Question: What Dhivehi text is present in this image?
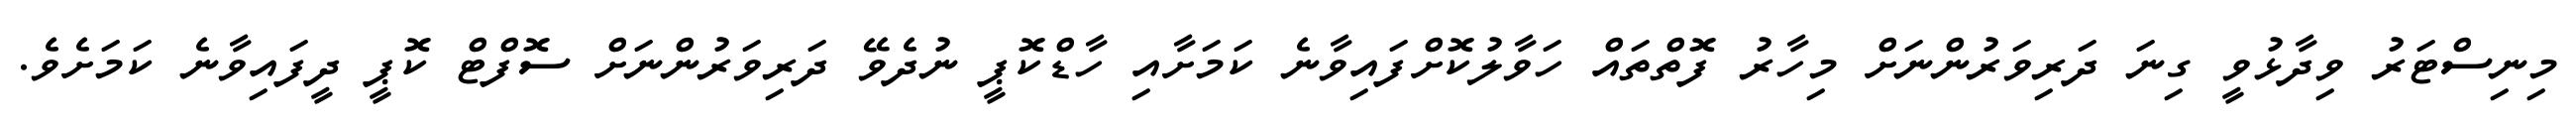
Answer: މިނިސްޓަރު ވިދާޅުވީ ގިނަ ދަރިވަރުންނަށް މިހާރު ފޮތްތައް ހަވާލުކޮށްފައިވާނެ ކަމަށާއި ހާޑްކޮޕީ ނުދެވޭ ދަރިވަރުންނަށް ސޮފްޓް ކޮޕީ ދީފައިވާނެ ކަމަށެވެ.